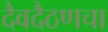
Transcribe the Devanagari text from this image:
दैवदैठणचा